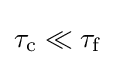
\tau _{\mathrm {c} }\ll \tau _{\mathrm {f} }